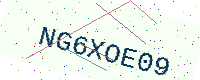
Text: NG6XOE09